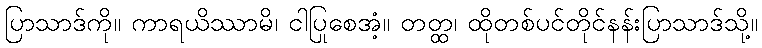
ပြာသာဒ်ကို။ ကာရယိဿာမိ၊ ငါပြုစေအံ့။ တတ္ထ၊ ထိုတစ်ပင်တိုင်နန်းပြာသာဒ်သို့။